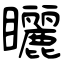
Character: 矖